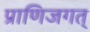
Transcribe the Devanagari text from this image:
प्राणिजगत्